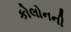
કોલોનની